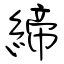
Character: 締